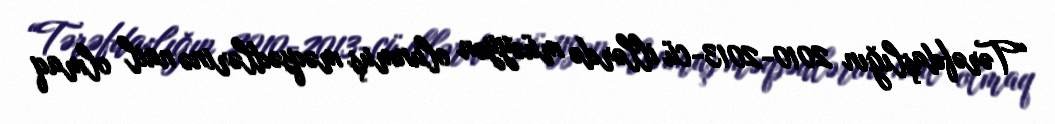
“Tərəfdaşlığın 2010-2013-cü illərdə müəyyən olunmuş məqsədlərinə nail olmaq